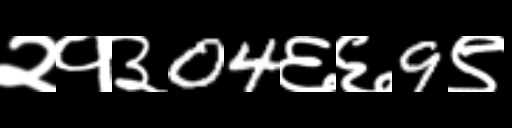
Text: २१३04६६9९